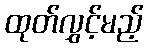
ထုတ်လွှင့်မည့်